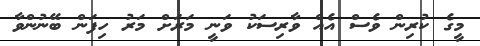
މީގެ ކުރިން ވެސް އެއް ވާރިސަކު ވަނީ މަރަށް މަރު ހިފަން ބޭނުންވާ